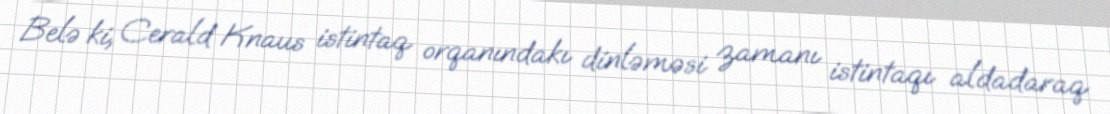
Belə ki, Cerald Knaus istintaq orqanındakı dinləməsi zamanı istintaqı aldadaraq